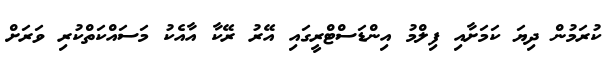
ކުރަމުން ދިޔަ ކަމަށާއި ފިލްމު އިންޑަސްޓްރީގައި އޭރު ރޭކާ އާއެކު މަސައްކަތްކުރި ވަރަށް